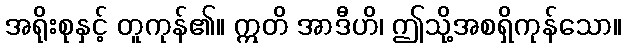
အရိုးစုနှင့် တူကုန်၏။ ဣတိ အာဒီဟိ၊ ဤသို့အစရှိကုန်သော။